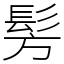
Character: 髣